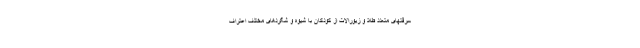
سرقتهای متعدد طلا و زیورالات از کودکان با شیوه و شگردهای مختلف اعتراف